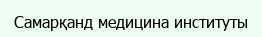
Самарқанд медицина институты